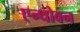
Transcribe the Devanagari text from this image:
एन्थोवन